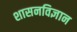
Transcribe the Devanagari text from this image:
शासनविज्ञान